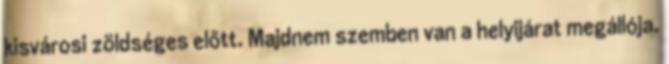
kisvárosi zöldséges előtt. Majdnem szemben van a helyijárat megállója.